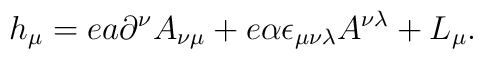
h_{\mu}=ea\partial^\nu A_{\nu\mu}+e\alpha\epsilon_{\mu\nu\lambda}A^{\nu \lambda} +L_\mu.